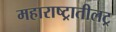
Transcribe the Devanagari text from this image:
महाराष्ट्रातीलट्र